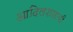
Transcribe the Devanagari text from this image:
आदिलशाहची